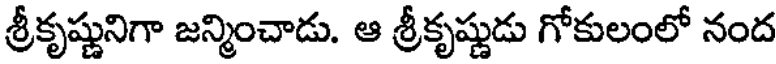
శ్రీకృష్ణునిగా జన్మించాడు. ఆ శ్రీకృష్ణుడు గోకులంలో నంద